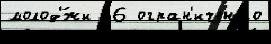
молод'́жи  6 огран'иченно